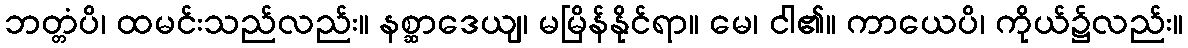
ဘတ္တံပိ၊ ထမင်းသည်လည်း။ နစ္ဆာဒေယျ၊ မမြိန်နိုင်ရာ။ မေ၊ ငါ၏။ ကာယေပိ၊ ကိုယ်၌လည်း။